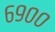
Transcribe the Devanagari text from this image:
६९००